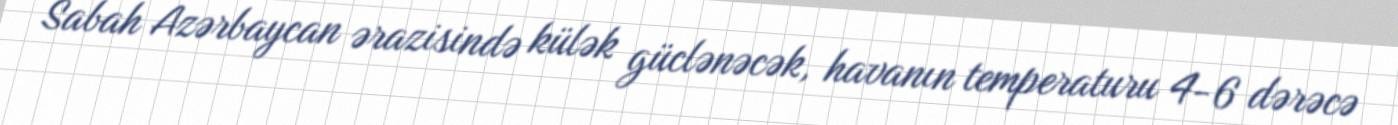
Sabah Azərbaycan ərazisində külək güclənəcək, havanın temperaturu 4-6 dərəcə